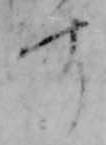
す